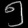
Digit: ၅